Triennial report on the lunatic asylums in the province of Eastern Bengal and Assam - 1903-1911
Year: 1903
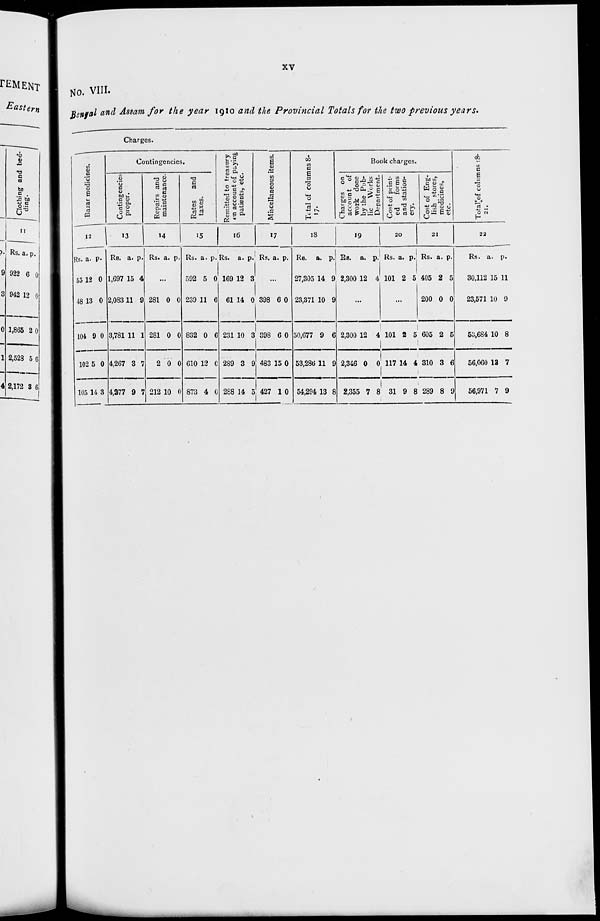
xv
No. VIII.
Bengal and Assam for the year 1910 and the Provincial Totals for the two previous years.
Charges.
Bazar medicines.
12
Rs.
55
48
104
102
105
a.
12
13
9
5
14
p.
0
0
0
0
3
Contingencies.
Contingencies
proper.
13
Rs.
1,697
2,083
3,781
4,267
4,277
a.
15
11
11
3
9
p.
4
9
1
7
7
Repairs and
maintenance.
14
Rs. a. p.
...
281
281
2
212
0
0
0
10
0
0
0
0
Rates
and
taxes.
15
Rs.
592
239
832
610
873
a.
5
11
0
12
4
p.
0
6
6
0
0
Remitted to treasury
on
account of paying
patients, etc.
16
Rs.
169
61
231
289
288
a.
12
14
10
3
14
p.
3
0
3
9
5
Miscellaneous items.
17
Rs. a. p.
...
398
398
483
427
6
6
15
1
0
0
0
0
Total
of columns 8-
17.
18
Rs.
27,305
23,371
50,677
53,286
54,294
a.
14
10
9
11
13
p.
9
9
6
9
8
Book charges.
Charges on
account of
work done
by the Pub-
lic Works
Department.
19
Rs.
2,300
a.
12
p.
4
...
2,300
2,346
2,355
12
0
7
4
0
8
Cost of print-
ed
forms
and station-
ery.
20
Rs.
101
a.
2
p.
5
...
101
117
31
2
14
9
5
4
8
Cost of Eng-
lish stores,
medicines,
etc.
21
Rs.
405
200
605
310
289
a.
2
0
2
3
8
p.
5
0
5
6
9
Total of column 18-
21.
22
Rs.
30,112
23,571
53,684
56,060
56,971
a.
15
10
10
13
7
p.
11
9
8
7
9